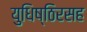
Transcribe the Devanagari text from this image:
युधिष्ठिरसह